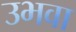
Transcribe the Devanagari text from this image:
उभवा